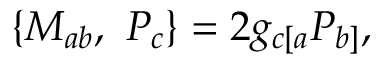
\{ { \cal M } _ { a b } , \ { \cal P } _ { c } \} = 2 g _ { c [ a } { \cal P } _ { b ] } ,